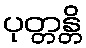
ပုတ္တန္တိ